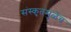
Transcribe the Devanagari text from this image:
संस्कृतमुळेच